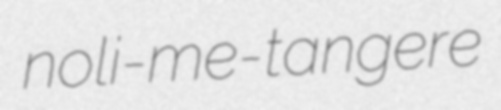
noli-me-tangere